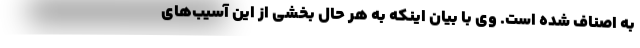
به اصناف شده است. وی با بیان اینکه به هر حال بخشی از این آسیب‌های